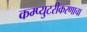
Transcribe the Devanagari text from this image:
कम्प्युटरीकरणाचा